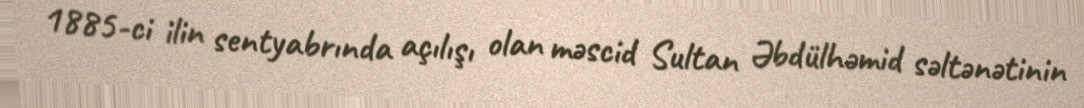
1885-ci ilin sentyabrında açılışı olan məscid Sultan Əbdülhəmid səltənətinin